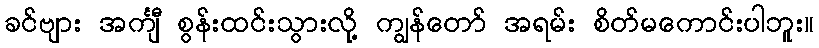
ခင်ဗျား အင်္ကျီ စွန်းထင်းသွားလို့ ကျွန်တော် အရမ်း စိတ်မကောင်းပါဘူး။